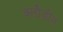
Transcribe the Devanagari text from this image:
क्लौडीन